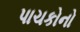
પાચકોનો